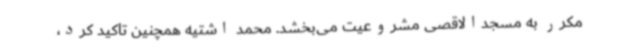
مکرر به مسجدالاقصی مشروعیت می‌بخشد. محمد اشتیه همچنین تاکید کرد،